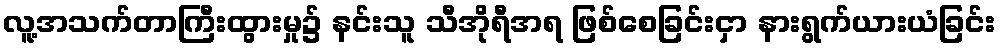
လူ့အသက်တာကြီးထွားမှု၌ နင်းသူ သီအိုရီအရ ဖြစ်စေခြင်းငှာ နားရွက်ယားယံခြင်း